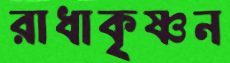
রাধাকৃষ্ণন